Supplement to the account of plague administration in the Bombay Presidency from September 1896 till May 1897
Year: 1896
Disease focus: Plague
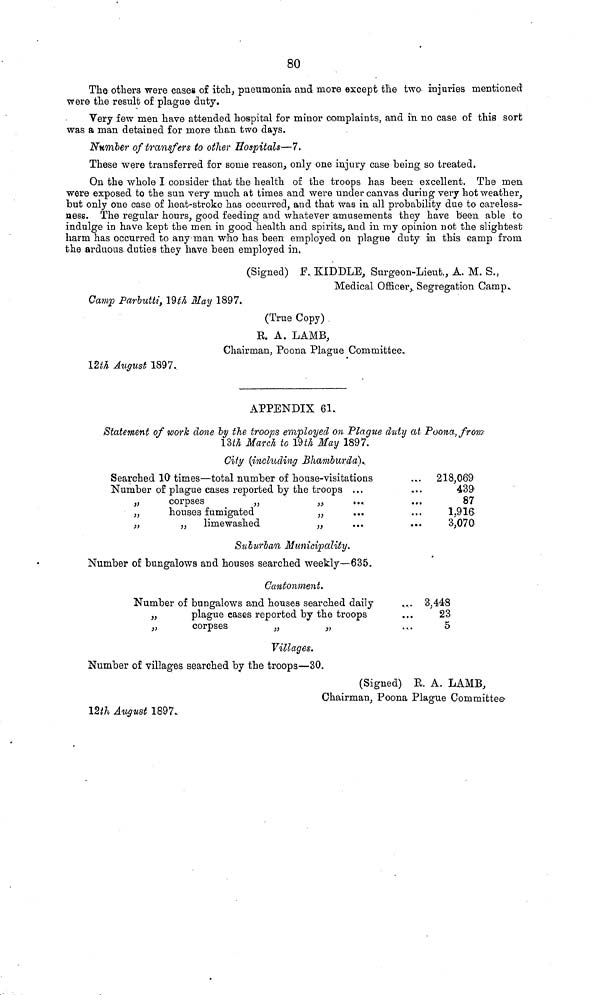
80
The others were cases of itch, pneumonia and more except the two injuries mentioned
were the result of plague duty.
Very few men have attended hospital for minor complaints, and in no case of this sort
was a man detained for more than two days.
Number of transfers to other Hospitals—7.
These were transferred for some reason, only one injury case being so treated.
On the whole I consider that the health of the troops has been excellent. The men
were exposed to the sun very much at times and were under canvas during very hot weather,
but only one case of heat-stroke has occurred, and that was in all probability due to careless-
ness. The regular hours, good feeding and whatever amusements they have been able to
indulge in have kept the men in good health and spirits, and in my opinion not the slightest
harm has occurred to any man who has been employed on plague duty in this camp from
the arduous duties they have been employed in,
(Signed) F. KIDDLE, Surgeon-Lieut., A. M. S.,
Medical Officer, Segregation Camp.
Camp Parbutti, 19th May 1897.
(True Copy)
E. A. LAMB,
Chairman, Poona Plague Committee.
12th August 1897.
APPENDIX 61.
Statement of work done by the troops employed on Plague duty at Poona, from
13th March to 19th May 1897.
City (including Bhamburda).
Searched 10 times—total number of house-visitations
...
218,069
Number of plague cases reported by the troops ...
...
439
„
corpses
„
„
...
...
87
„
houses fumigated
„
...
...
1,916
„
„ limewashed
„
...
...
3,070
Suburban Municipality.
Number of bungalows and houses searched weekly—635.
Cantonment.
Number of bungalows and houses searched daily
... 3,448
„
plague cases reported by the troops
...
23
„
corpses
„
„
...
5
Villages.
Number of villages searched by the troops—30.
(Signed), E. A. LAMB,
Chairman, Poona Plague Committee
12th August 1897.